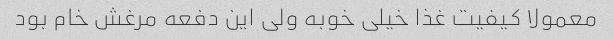
معمولا کیفیت غذا خیلی خوبه ولی این دفعه مرغش خام بود